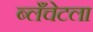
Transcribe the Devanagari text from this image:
ब्लँचेटला